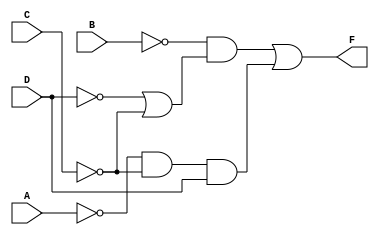
`timescale 1ns / 1ps
//////////////////////////////////////////////////////////////////////////////////
// Company: 
// Engineer: 
// 
// Design Name: 
// Module Name: mls_2
// Project Name: 
// Target Devices: 
// Tool Versions: 
// Description: 
// 
// Dependencies: 
// 
// Revision:
// Revision 0.01 - File Created
// Additional Comments:
// 
//////////////////////////////////////////////////////////////////////////////////


module mls_2(
    A,B,C,D,F
    );
    input A,B,C,D;
    output F;
    assign G = (~D|~C);
    assign F = ~B&G | (~A&~C&D);
endmodule